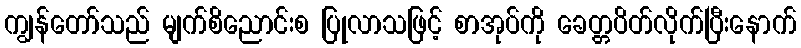
ကျွန်တော်သည် မျက်စိညောင်းစ ပြုလာသဖြင့် စာအုပ်ကို ခေတ္တပိတ်လိုက်ပြီးနောက်